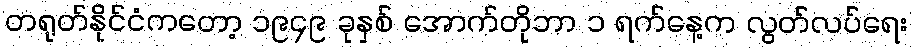
တရုတ်နိုင်ငံကတော့ ၁၉၄၉ ခုနှစ် အောက်တိုဘာ ၁ ရက်နေ့က လွတ်လပ်ရေး